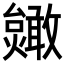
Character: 𫿥